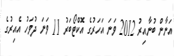
އަނާން ބުނާއިރު 2012 ވަނަ އަހަރުގެ އޮކްޓޯބަރު 11 ވަނަ ދުވަހު އެއިރުގެ